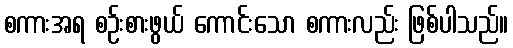
စကားအရ စဉ်းစားဖွယ် ကောင်းသော စကားလည်း ဖြစ်ပါသည်။